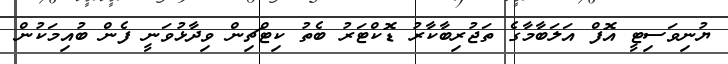
ޔުނިވަސިޓީ އޮފް އަލަބާމާގެ ތަޖުރިބާކާރު ޑޮކްޓަރު ބެތު ކިޓްޗިން ވިދާޅުވަނީ ފެން ބުއިމަކުން